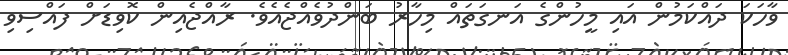
ވާހަކަ ދައްކަމުން އައި މީހުންގެ އަނގަތައް މިހާރު ބަންދުވެއްޖެއެވެ. ރާއްޖެއިން ކޮވިޑަށް ފައްސިވި